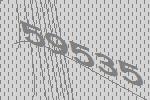
59535